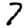
Digit: 7